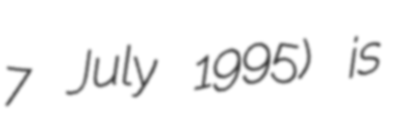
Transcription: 7 July 1995) is